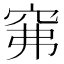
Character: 𱶵